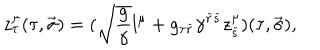
LaTeX: z _ { \tau } ^ { \mu } ( \tau , \vec { \sigma } ) = ( \sqrt { { \frac { g } { \gamma } } } l ^ { \mu } + g _ { \tau { \check { r } } } \gamma ^ { { \check { r } } { \check { s } } } z _ { \check { s } } ^ { \mu } ) ( \tau , \vec { \sigma } ) ,